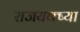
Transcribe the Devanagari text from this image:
राजयक्ष्या